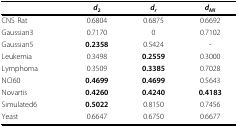
<table><thead><tr><td></td><td><b><i>d</i><sub>2</sub></b></td><td><b><i>d<sub>r</sub></i></b></td><td><b><i>d<sub>MI</sub></i></b></td></tr></thead><tbody><tr><td>CNS Rat</td><td>0.6804</td><td>0.6875</td><td>0.6692</td></tr><tr><td>Gaussian3</td><td>0.7170</td><td>0</td><td>0.7102</td></tr><tr><td>Gaussian5</td><td><b>0.2358</b></td><td>0.5424</td><td>-</td></tr><tr><td>Leukemia</td><td>0.3498</td><td><b>0.2559</b></td><td>0.3000</td></tr><tr><td>Lymphoma</td><td>0.3509</td><td><b>0.3385</b></td><td>0.7028</td></tr><tr><td>NCI60</td><td><b>0.4699</b></td><td><b>0.4699</b></td><td>0.5643</td></tr><tr><td>Novartis</td><td><b>0.4260</b></td><td><b>0.4240</b></td><td><b>0.4183</b></td></tr><tr><td>Simulated6</td><td><b>0.5022</b></td><td>0.8150</td><td>0.7456</td></tr><tr><td>Yeast</td><td>0.6647</td><td>0.6750</td><td>0.6677</td></tr></tbody></table>